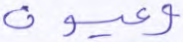
وعيون